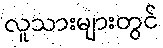
လူသားများတွင်